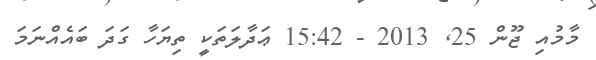
މާމުއި ޖޫން 25